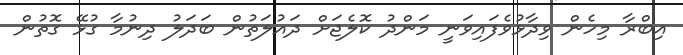
އިބްރާ މިހެން ވިދާޅުވެފައިވަނީ މަންދު ކޮލެޖަށް ދައުލަތުން ބަދަލު ދިނުމާ ގުޅޭ ގޮތުން